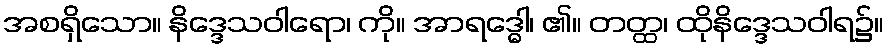
အစရှိသော။ နိဒ္ဒေသဝါရော၊ ကို။ အာရဒ္ဓေါ၊ ၏။ တတ္ထ၊ ထိုနိဒ္ဒေသဝါရ၌။